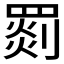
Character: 𦋺